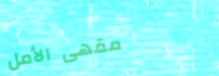
مقهى الأمل